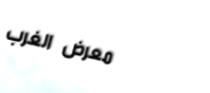
معرض الغرب